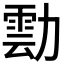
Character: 𭅀